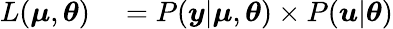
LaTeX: \begin{array}{rl}{L(\boldsymbol{\mu},\boldsymbol{\theta})}&{{}=P(\boldsymbol{y}|\boldsymbol{\mu},\boldsymbol{\theta})\times P(\boldsymbol{u}|\boldsymbol{\theta})}\end{array}